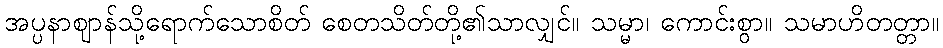
အပ္ပနာဈာန်သို့ရောက်သောစိတ် စေတသိတ်တို့၏သာလျှင်။ သမ္မာ၊ ကောင်းစွာ။ သမာဟိတတ္တာ။